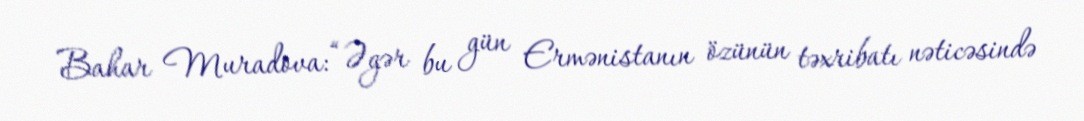
Bahar Muradova: “Əgər bu gün Ermənistanın özünün təxribatı nəticəsində